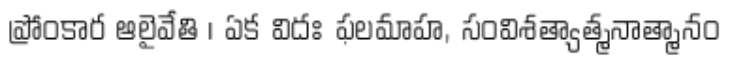
ప్రోంకార ఆలైవేతి । ఏక విదః ఫలమాహ, సంవిశత్యాత్మనాత్మానం